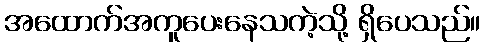
အထောက်အကူပေးနေသကဲ့သို့ ရှိပေသည်။